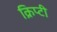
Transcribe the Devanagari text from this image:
क्रिप्टी